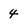
Character: 4